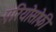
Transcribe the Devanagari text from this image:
एरियोसोफी